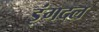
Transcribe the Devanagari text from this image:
इंगदल